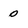
Character: 0